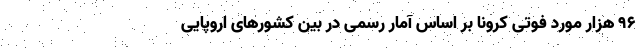
96 هزار مورد فوتی کرونا بر اساس آمار رسمی در بین کشورهای اروپایی